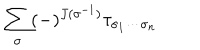
\sum _ { \sigma } ( - ) ^ { J ( \sigma ^ { - 1 } ) } \tau _ { \sigma _ { 1 } \cdots \sigma _ { n } }